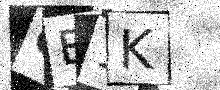
Text: OE1K